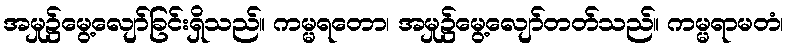
အမှု၌မွေ့လျော်ခြင်းရှိသည်။ ကမ္မရတော၊ အမှု၌မွေ့လျော်တတ်သည်။ ကမ္မရာမတံ၊